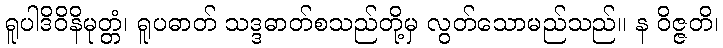
ရူပါဒိဝိနိမုတ္တံ၊ ရူပဓာတ် သဒ္ဒဓာတ်စသည်တို့မှ လွတ်သောမည်သည်။ န ဝိဇ္ဇတိ၊